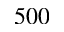
5 0 0